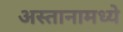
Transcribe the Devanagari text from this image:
अस्तानामध्ये